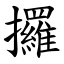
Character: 攞